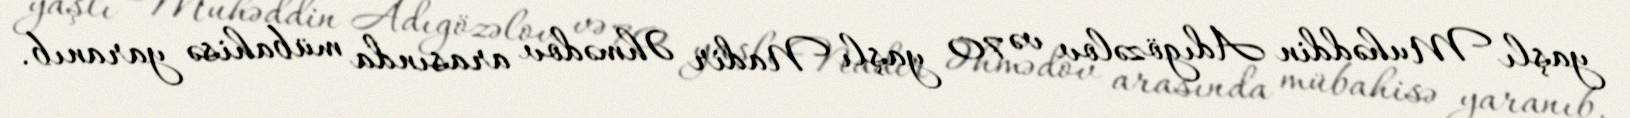
yaşlı Muhəddin Adıgözəlov və 70 yaşlı Nadir Əhmədov arasında mübahisə yaranıb.